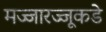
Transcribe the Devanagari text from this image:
मज्जारज्जूकडे